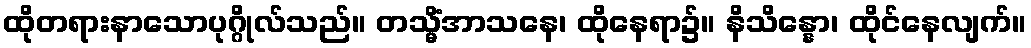
ထိုတရားနာသောပုဂ္ဂိုလ်သည်။ တသ္မိံအာသနေ၊ ထိုနေရာ၌။ နိသိန္နော၊ ထိုင်နေလျက်။